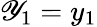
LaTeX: \mathscr{Y}_{1}=y_{1}